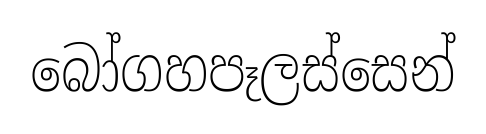
බෝගහපෑලස්සෙන්